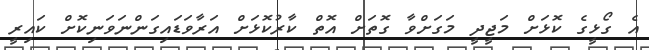
އެ ގޯޅީގެ ކޮޅަށް މަޖީދީ މަގަށްވާ ގޮތަށް އޮތް ކާރުކޮޅަށް އަރާވަޑައިގަންނަވަނިކޮށް ކައިރީ